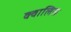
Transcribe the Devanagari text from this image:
क्वालिस